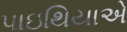
પાઇથિયાએ